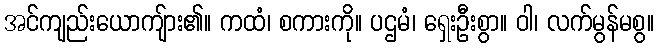
အင်ကျည်းယောကျ်ား၏။ ကထံ၊ စကားကို။ ပဌမံ၊ ရှေးဦးစွာ။ ဝါ၊ လက်မွန်မစွ။